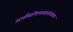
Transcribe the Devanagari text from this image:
अभव्यिक्तिस्वातंत्र्याचा